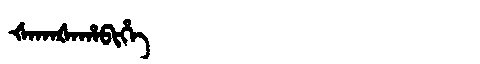
Manchu: ᡧᠠᡴᠠᡧᠠᡥᠠᠪᡳᡥᡝ
Romanization: ŠAKAŠAHABIHE